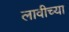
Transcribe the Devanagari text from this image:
लावीच्या